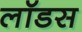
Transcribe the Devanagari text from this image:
लॉडस